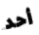
أحد